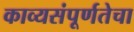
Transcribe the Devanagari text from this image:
काव्यसंपूर्णतेचा